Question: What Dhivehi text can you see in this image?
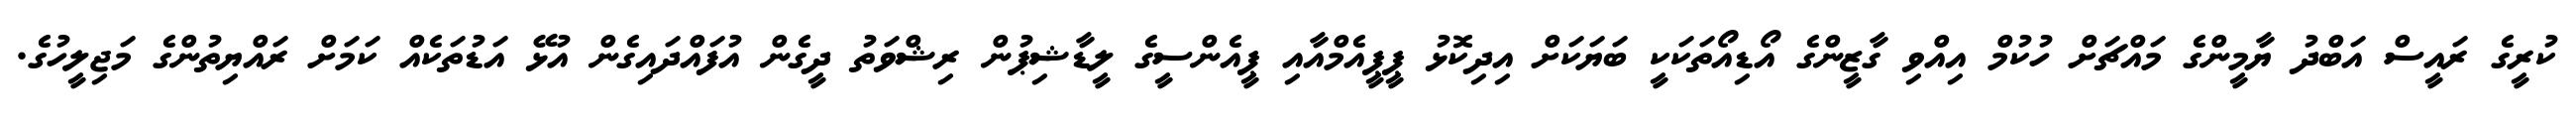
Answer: ކުރީގެ ރައީސް އަބްދު ޔާމީންގެ މައްޗަށް ހުކުމް އިއްވި ގާޒީންގެ އޯޑިއޯތަކަކީ ބަޔަކަށް އިދިކޮޅު ޕީޕީއެމްއާއި ޕީއެންސީގެ ލީޑާޝިޕުން ރިޝްވަތު ދީގެން އުފައްދައިގެން އުޅޭ އަޑުތަކެއް ކަމަށް ރައްޔިތުންގެ މަޖިލީހުގެ.